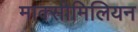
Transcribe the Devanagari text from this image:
माक्सीमिलियन